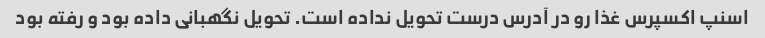
اسنپ اکسپرس غذا رو در آدرس درست تحویل نداده است. تحویل نگهبانی داده بود و رفته بود